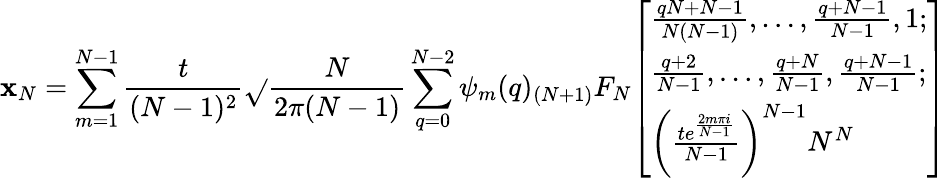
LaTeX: \mathbf{x}_{N}=\sum_{m=1}^{N-1}{\frac{{t}}{{(N-1)^{2}}}}{\sqrt{}{{\frac{{N}}{{2\pi(N-1)}}}}}\sum_{q=0}^{N-2}\psi_{m}(q)_{(N+1)}F_{N}{\left[\begin{array}{l}{{\frac{qN+N-1}{N(N-1)}},\ldots,{\frac{q+N-1}{N-1}},1;}\\ {{\frac{q+2}{N-1}},\ldots,{\frac{q+N}{N-1}},{\frac{q+N-1}{N-1}};}\\ {\left({\frac{te^{\frac{2m\pi i}{N-1}}}{N-1}}\right)^{N-1}N^{N}}\end{array}\right]}